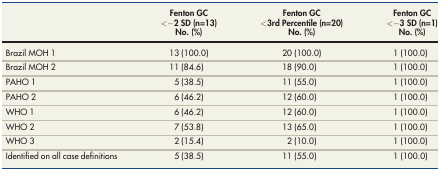
<table><thead><tr><td></td><td><b>Fenton GC &lt;−2 SD (n=13)</b></td><td><b>Fenton GC &lt;3rd Percentile (n=20)</b></td><td><b>Fenton GC &lt;−3 SD (n=1)</b></td></tr><tr><td></td><td><b>No. (%)</b></td><td><b>No. (%)</b></td><td><b>No. (%)</b></td></tr></thead><tbody><tr><td>Brazil MOH 1</td><td>13 (100.0)</td><td>20 (100.0)</td><td>1 (100.0)</td></tr><tr><td>Brazil MOH 2</td><td>11 (84.6)</td><td>18 (90.0)</td><td>1 (100.0)</td></tr><tr><td>PAHO 1</td><td>5 (38.5)</td><td>11 (55.0)</td><td>1 (100.0)</td></tr><tr><td>PAHO 2</td><td>6 (46.2)</td><td>12 (60.0)</td><td>1 (100.0)</td></tr><tr><td>WHO 1</td><td>6 (46.2)</td><td>12 (60.0)</td><td>1 (100.0)</td></tr><tr><td>WHO 2</td><td>7 (53.8)</td><td>13 (65.0)</td><td>1 (100.0)</td></tr><tr><td>WHO 3</td><td>2 (15.4)</td><td>2 (10.0)</td><td>1 (100.0)</td></tr><tr><td>Identified on all case definitions</td><td>5 (38.5)</td><td>11 (55.0)</td><td>1 (100.0)</td></tr></tbody></table>